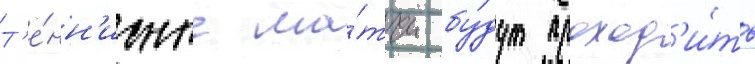
Т'е́нн'исные ма́тчи бу́дут проход'и́ть